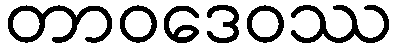
တာဝဒေဝဿ